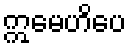
ဣမေဟိပေ